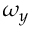
\omega _ { y }